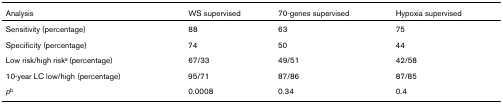
| Analysis | WS supervised | 70-genes supervised | Hypoxia supervised |
 | --- | --- | --- | --- |
 | Sensitivity (percentage) | 88 | 63 | 75 |
 | Specificity (percentage) | 74 | 50 | 44 |
 | Low risk/high riska (percentage) | 67/33 | 49/51 | 42/58 |
 | 10-year LC low/high (percentage) | 95/71 | 87/86 | 87/85 |
 | pb | 0.0008 | 0.34 | 0.4 |